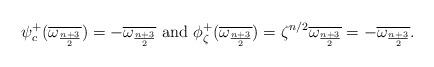
LaTeX: \begin{align*}\psi_c^+(\overline{\omega_{\frac{n+3}{2}}}) = -\overline{\omega_{\frac{n+3}{2}}} \mbox{ and } \phi_{\zeta}^+(\overline{\omega_{\frac{n+3}{2}}}) = \zeta^{n/2} \overline{\omega_{\frac{n+3}{2}}} = - \overline{\omega_{\frac{n+3}{2}}}. \end{align*}